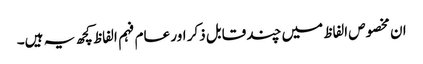
ان مخصوص الفاظ میں چند قابل ذکر اور عام فہم الفاظ کچھ یہ ہیں۔